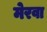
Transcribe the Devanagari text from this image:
मेरवा